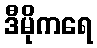
ဒီမိုကရေ